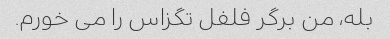
بله، من برگر فلفل تگزاس را می خورم.